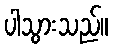
ပါသွားသည်။